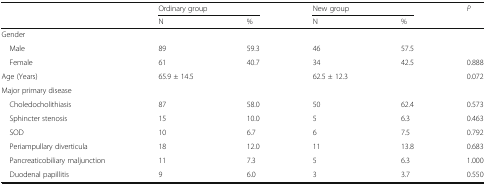
<table><thead><tr><td rowspan="2">[EMPTY_CELL]</td><td colspan="2"><b>Ordinary group</b></td><td colspan="2"><b>New group</b></td><td><b><i>P</i></b></td></tr><tr><td><b>N</b></td><td><b>%</b></td><td><b>N</b></td><td><b>%</b></td><td>[EMPTY_CELL]</td></tr></thead><tbody><tr><td colspan="6">Gender</td></tr><tr><td> Male</td><td>89</td><td>59.3</td><td>46</td><td>57.5</td><td>[EMPTY_CELL]</td></tr><tr><td> Female</td><td>61</td><td>40.7</td><td>34</td><td>42.5</td><td>0.888</td></tr><tr><td>Age (Years)</td><td>65.9 ± 14.5</td><td>[EMPTY_CELL]</td><td>62.5 ± 12.3</td><td>[EMPTY_CELL]</td><td>0.072</td></tr><tr><td colspan="6">Major primary disease</td></tr><tr><td> Choledocholithiasis</td><td>87</td><td>58.0</td><td>50</td><td>62.4</td><td>0.573</td></tr><tr><td> Sphincter stenosis</td><td>15</td><td>10.0</td><td>5</td><td>6.3</td><td>0.463</td></tr><tr><td> SOD</td><td>10</td><td>6.7</td><td>6</td><td>7.5</td><td>0.792</td></tr><tr><td> Periampullary diverticula</td><td>18</td><td>12.0</td><td>11</td><td>13.8</td><td>0.683</td></tr><tr><td> Pancreaticobiliary maljunction</td><td>11</td><td>7.3</td><td>5</td><td>6.3</td><td>1.000</td></tr><tr><td> Duodenal papillitis</td><td>9</td><td>6.0</td><td>3</td><td>3.7</td><td>0.550</td></tr></tbody></table>